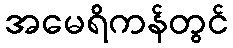
အမေရိကန်တွင်